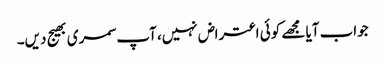
جواب آیا مجھے کوئی اعتراض نہیں، آپ سمری بھیج دیں۔